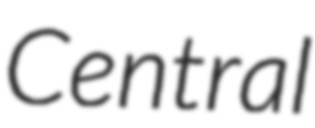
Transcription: Central